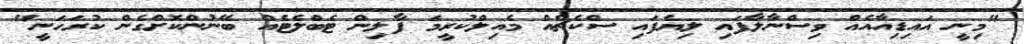
"މިނީ އައިޑިއާއެއް ވިސްނާލާފައި ލިޔެފައި ސްކެޗެއް މެއިލްކުރީމަ ފާލިން ޓެބްލެޓެއް ބޭނުންކޮށްގެން ކުރަހަނީ"